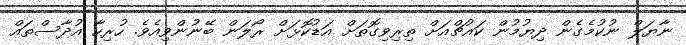
ނާޔަލް ނުކުމެގެން ދިޔުމުން ކައުޗްއަށް ތިރިވިގޮތަށް އަޑުކޮޅަށް ރޯލަން ބޭނުންވިއެވެ. ހުރިހާ އުދާސްތައް